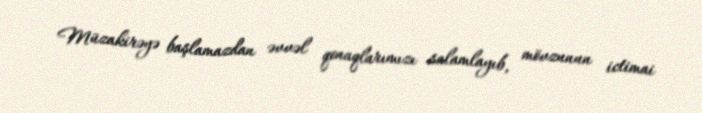
Müzakirəyə başlamazdan əvvəl qonaqlarımızı salamlayıb, mövzunun ictimai